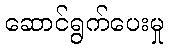
ဆောင်ရွက်ပေးမှု